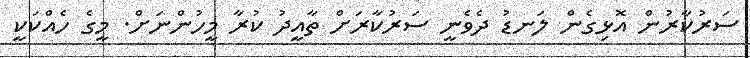
ސަރުކާރުން އޮޅިގެން ލަނޑު ދެވެނީ ސަރުކާރަށް ތާއީދު ކުރާ މީހުންނަށް. މީގެ ހެއްކަކީ